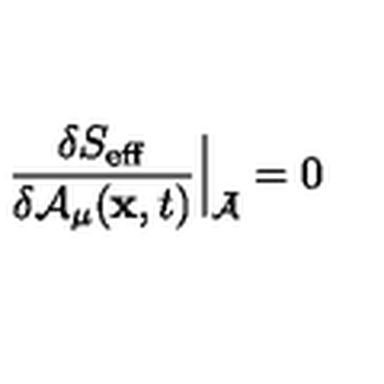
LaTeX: { \frac { \delta S _ { \mathrm { e f f } } } { \delta { \cal A } _ { \mu } ( { { \bf x } , t } ) } } \Bigr | _ { \bar { \cal A } } = 0